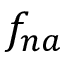
f _ { n a }